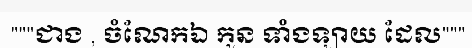
"""ជាង , ចំណែកឯ កូន ទាំងឡាយ ដែល"""